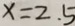
x = 2 . 5